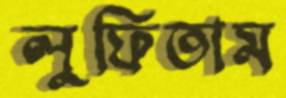
লুফিতাম